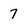
Character: 7